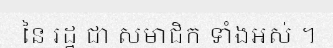
នៃ រដ្ឋ ជា សមាជិក ទាំងអស់ ។